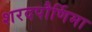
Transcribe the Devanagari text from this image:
शरदपौर्णिमा